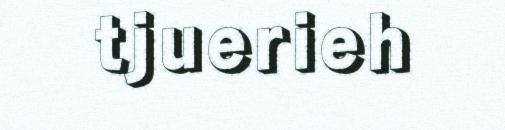
tjuerieh